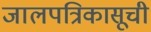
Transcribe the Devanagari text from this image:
जालपत्रिकासूची